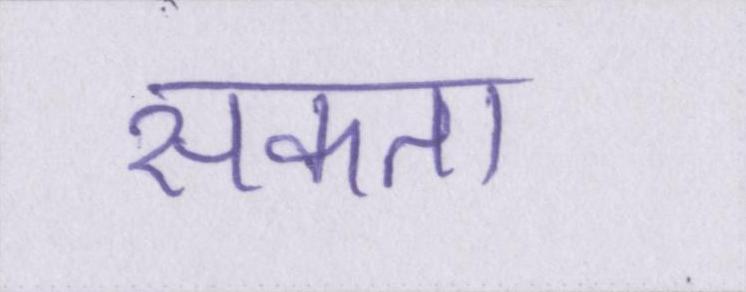
सकता